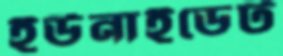
ইউনাইডেট